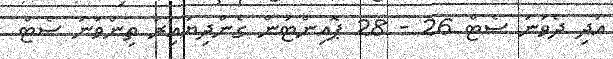
އަދި ދެވަނަ ސެޓް 26 - 28 ޕޮއިންޓުން ގެންދިޔައިރު ތިންވަނަ ސެޓް